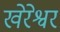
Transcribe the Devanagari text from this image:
खेरेश्वर